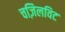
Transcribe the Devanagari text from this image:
चज़िलविट